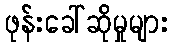
ဖုန်းခေါ်ဆိုမှုများ